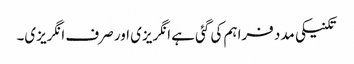
تکنیکی مدد فراہم کی گئی ہے انگریزی اور صرف انگریزی۔